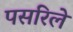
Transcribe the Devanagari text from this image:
पसरिले